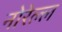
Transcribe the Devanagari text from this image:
नोरेल्ल